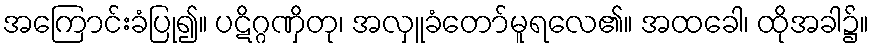
အကြောင်းခံပြု၍။ ပဋိဂ္ဂဏှိတု၊ အလှူခံတော်မူရလေ၏။ အထခေါ၊ ထိုအခါ၌။